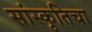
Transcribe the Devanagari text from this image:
सांस्कृतिचा